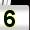
Digit: 5